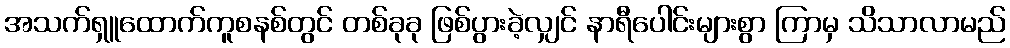
အသက်ရှူထောက်ကူစနစ်တွင် တစ်ခုခု ဖြစ်ပွားခဲ့လျှင် နာရီပေါင်းများစွာ ကြာမှ သိသာလာမည်